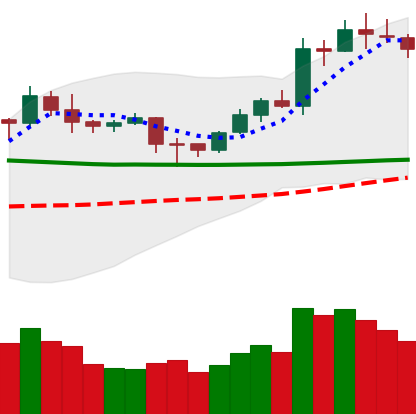
Ticker: LTC-USD
Chart end date: 2020-02-04
Forward return: 13.046%
Label: up_7plus